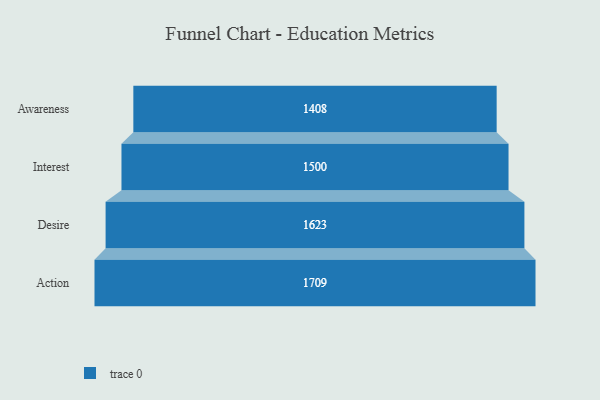
{"axis": {"x": "Stage", "y": "Value"}, "legend": [""], "data": [{"x": "Awareness", "y": 1408.0, "type": ""}, {"x": "Interest", "y": 1500.0, "type": ""}, {"x": "Desire", "y": 1623.0, "type": ""}, {"x": "Action", "y": 1709.0, "type": ""}]}